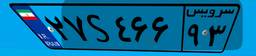
۲۷S۴۶۶۹۳